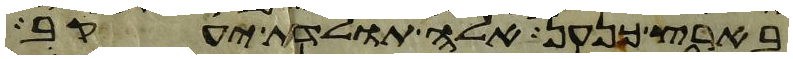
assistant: בארץ כנען אלה תולדת יעקב